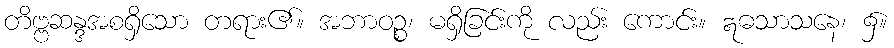
တိဗ္ဗဆန္ဒအစရှိသော တရား၏။ အဘာဝဉ္စ၊ မရှိခြင်းကို လည်း ကောင်း။ ဣဓသာသနေ၊ ၌။